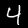
Digit: 4